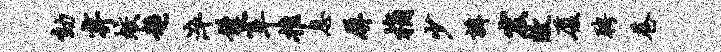
劾弃蛟超淬髫宰推息屏桷少瓣宏敝厦聘巷